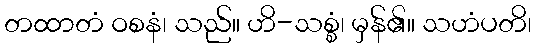
တထာတံ ဝစနံ၊ သည်။ ဟိ-သစ္စံ၊ မှန်၏။ သဟံပတိ၊